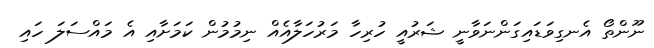
ނޫންތޯ އެނގިވަޑައިގަންނަވާނީ ޝަރުއީ ހުރިހާ މަރުހަލާއެއް ނިމުމުން ކަމަށާއި އެ މައްސަލަ ހައި